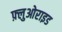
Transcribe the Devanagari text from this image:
फ़्लुओराइड